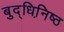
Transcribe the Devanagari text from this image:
बुद्धिनि़ष्ठ